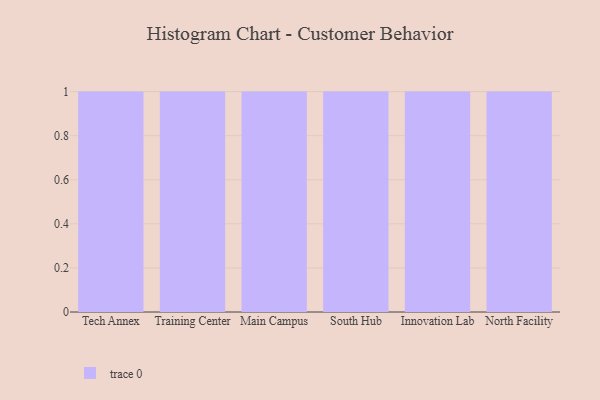
{"axis": {"x": "Campus", "y": "Conversion Rate (%)"}, "legend": [""], "data": [{"x": "Tech Annex", "y": 90, "type": ""}, {"x": "Training Center", "y": 15, "type": ""}, {"x": "Main Campus", "y": 80, "type": ""}, {"x": "South Hub", "y": 12, "type": ""}, {"x": "Innovation Lab", "y": 77, "type": ""}, {"x": "North Facility", "y": 27, "type": ""}]}